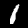
Digit: 1